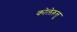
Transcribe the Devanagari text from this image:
कोलेऱुत्तु